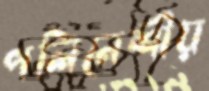
পলিনেশীয়